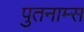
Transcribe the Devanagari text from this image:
पुतनाम्स